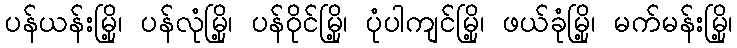
ပန်ယန်းမြို့၊ ပန်လုံမြို့၊ ပန်ဝိုင်မြို့၊ ပုံပါကျင်မြို့၊ ဖယ်ခုံမြို့၊ မက်မန်းမြို့၊